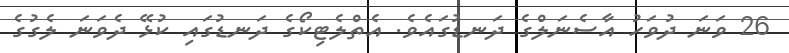
26 ވަނަ ދުވަހު އާސެނަލްގެ ދަނޑުގައެވެ. އެތްލެޓިކޯގެ ދަނޑުގައި ކުޅޭ ދެވަނަ ލެގުގެ